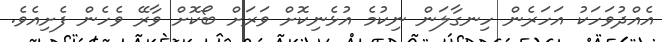
އެއްދުވަހަކު އަހަރެން ހިނގާލަން ނިކުމެ އުޅެނިކޮށް ވަރަށް ބޯކޮށް ވާރޭ ވެހެން ފެށިއެވެ.